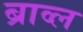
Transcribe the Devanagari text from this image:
ब्राव्ल